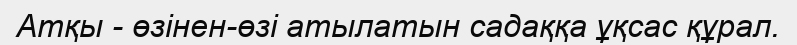
Атқы - өзінен-өзі атылатын садаққа ұқсас құрал.